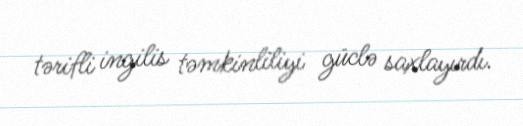
tərifli ingilis təmkinliliyi güclə saxlayırdı.